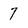
Character: 7